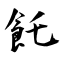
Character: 飥